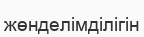
жөнделімділігін